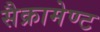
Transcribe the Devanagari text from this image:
सैक्रामेण्ट